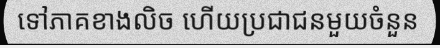
ទៅភាគខាងលិច ហើយប្រជាជនមួយចំនួន